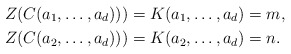
\begin{align*} Z(C(a_1,\ldots,a_d)))&= K(a_1,\ldots,a_d)=m,\\ Z(C(a_2,\ldots,a_d)))&= K(a_2,\ldots,a_d)=n. \end{align*}